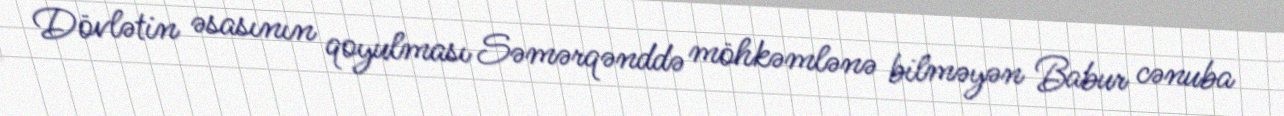
Dövlətin əsasının qoyulması Səmərqənddə möhkəmlənə bilməyən Babur cənuba